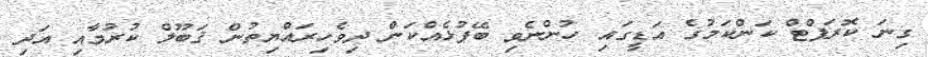
ގިނަ ކޮރަޕްޓް ކަންކަމުގެ އަޑީގައި ހުންނެވި ބޭފުޅެއްކަން ދިވެހިރައްޔިތުން ޤަބޫލް ކުރުމާއި އަދި